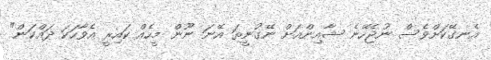
އެނގޭކަށްވެސް ނުޖެހޭނެ ޝާއިންއަށް ނޭގުނީތަ އޭނަ ނޫން މީހެއް ކައިރީ އެވާހަކަ ދައްކަން"